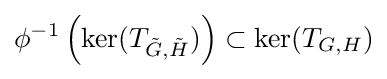
\phi ^{-1}\left(\ker(T_{{\tilde {G}},{\tilde {H}}})\right)\subset \ker(T_{G,H})